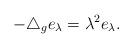
LaTeX: \begin{align*} -\triangle_g e_\lambda=\lambda^2 e_\lambda.\end{align*}